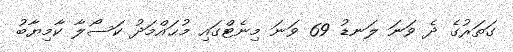
ގަތަރުގެ ދެ ވަނަ ލަނޑު 69 ވަނަ މިނެޓްގައި މުޙައްމަދު ކަސޯލާ ކާމިޔާބު